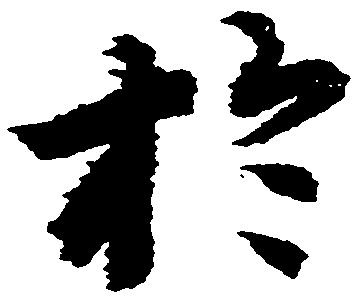
於